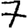
Digit: 7